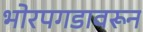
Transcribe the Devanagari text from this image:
भोरपगडावरून